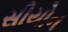
સીયોન